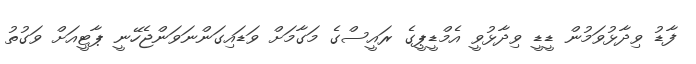
ފާޑު ވިދާޅުވަމުން ޑީޑީ ވިދާޅުވީ އެމްޑީޕީގެ ރައީސްގެ މަގާމަށް ވަޑައިގަންނަވަންޖެހޭނީ ޕާޓީއަށް ވަގުތު